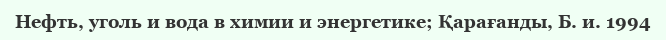
Нефть, уголь и вода в химии и энергетике; Қарағанды, Б. и. 1994